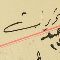
تحريرات عدد ١٧